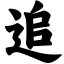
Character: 追